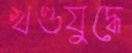
খণ্ডযুদ্ধে